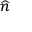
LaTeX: \scriptstyle { \widehat { n } }